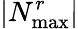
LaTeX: |N_{\operatorname*{max}}^{r}|